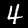
Digit: 4